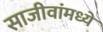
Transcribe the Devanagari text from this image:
साजीवांमध्ये